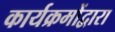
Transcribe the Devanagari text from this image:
कार्यक्रमोंद्वारा